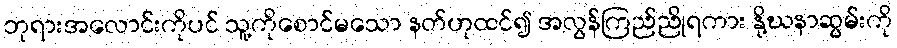
ဘုရားအလောင်းကိုပင် သူ့ကိုစောင်မသော နတ်ဟုထင်၍ အလွန်ကြည်ညိုရကား နို့ဃနာဆွမ်းကို